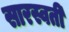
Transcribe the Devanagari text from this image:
सारस्वती